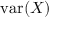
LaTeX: \operatorname { v a r } ( X )